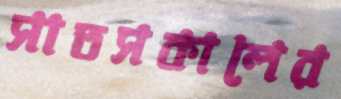
সাতসকালের